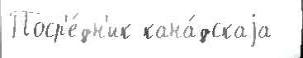
Поср'е́дн'ик кана́дскаjа